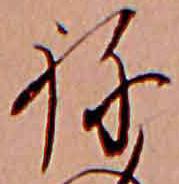
ね